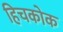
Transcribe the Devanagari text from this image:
हिचकोक